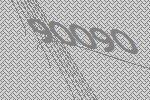
90090